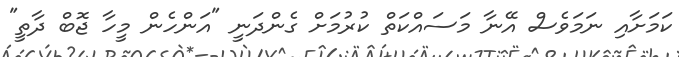
ކަމަށާއި ނަމަވެސް އޭނާ މަސައްކަތް ކުރުމަށް ގެންދަނީ "އަންހެން މީހާ ޖޮބް ދާތީ"